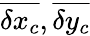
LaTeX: \overline{{\delta{x_{c}}}},\overline{{\delta{y_{c}}}}